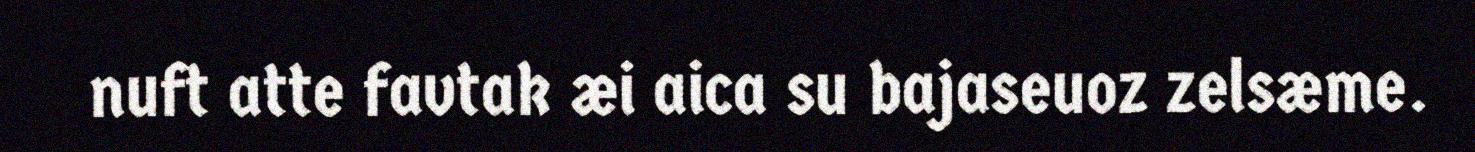
nuft atte favtak æi aica su bajaseuoz zelsæme.